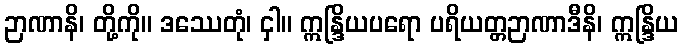
ဉာဏာနိ၊ တို့ကို။ ဒဿေတုံ၊ ငှါ။ ဣန္ဒြိယပရော ပရိယတ္တဉာဏာဒီနိ၊ ဣန္ဒြိယ